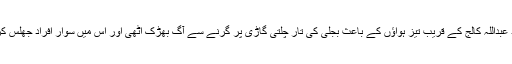
نارتھ ناظم آباد عبداللہ کالج کے قریب تیز ہواؤں کے باعث بجلی کی تار چلتی گاڑی پر گرنے سے آگ بھڑک اٹھی اور اس میں سوار افراد جھلس کر زخمی گئے۔